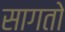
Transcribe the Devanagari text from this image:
सागतो